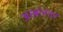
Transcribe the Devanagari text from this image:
अरबांनंतर